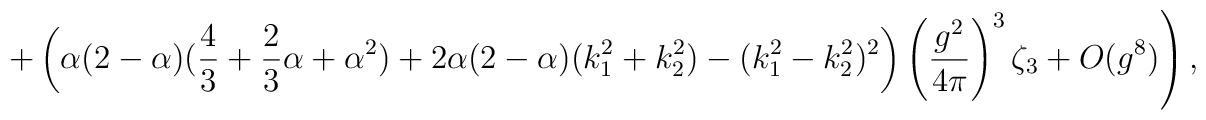
\left. +\left( \alpha (2-\alpha )(\frac 43+\frac 23\alpha+\alpha ^2)+2\alpha (2-\alpha )(k_1^2+k_2^2)-(k_1^2-k_2^2)^2\right) \left(\frac{g^2}{4\pi }\right) ^3\zeta _3+O(g^8)\right) ,